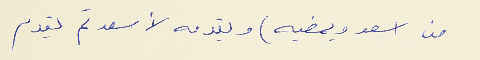
من اسعد ويمضيه) ويقدمه لأسعد ثم يقدم